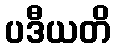
ပဒီယတိ